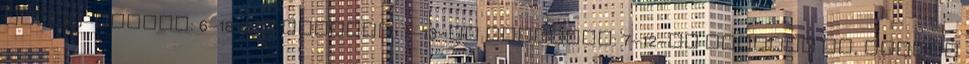
hétfő–péntek: 6–18-ig szombat: 7–13-ig vasárnap: 7–12-ig Kedvező ár, nálunk